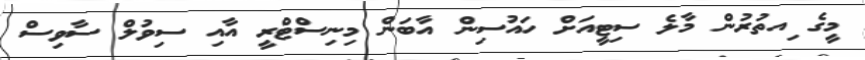
މީގެ ިއތުރުން މާލެ ސިޓީއަށް ހައުސިން އާބަން މިނިސްޓްރީ އާއި ސިވުލް ސާވިސްް